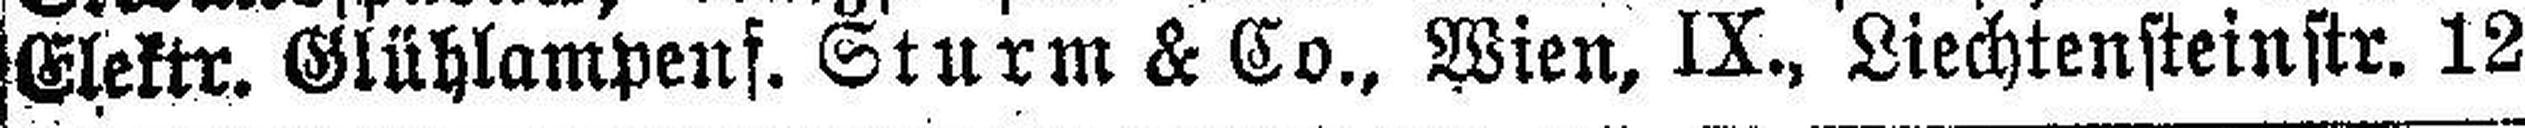
Elektr. Glühlampenf. Sturm & Co., Wien, IX., Liechtensteinstr. 12